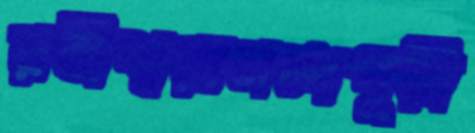
রবীশ্বরানন্দপুরী